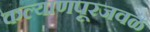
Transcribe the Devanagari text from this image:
कल्याणपूरजवळ